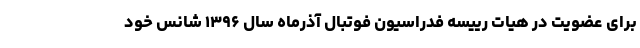
برای عضویت در هیات رییسه فدراسیون فوتبال آذرماه سال ۱۳۹۶ شانس خود